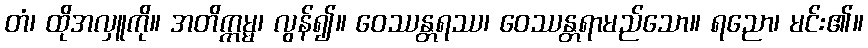
တံ၊ ထိုအလှူကို။ အတိက္ကမ္မ၊ လွန်၍။ ဝေဿန္တရဿ၊ ဝေဿန္တရာမည်သော။ ရညော၊ မင်း၏။